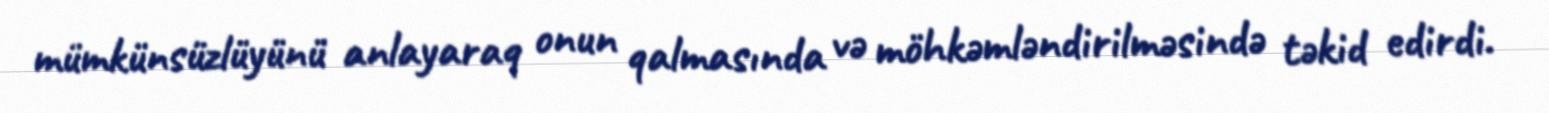
mümkünsüzlüyünü anlayaraq onun qalmasında və möhkəmləndirilməsində təkid edirdi.